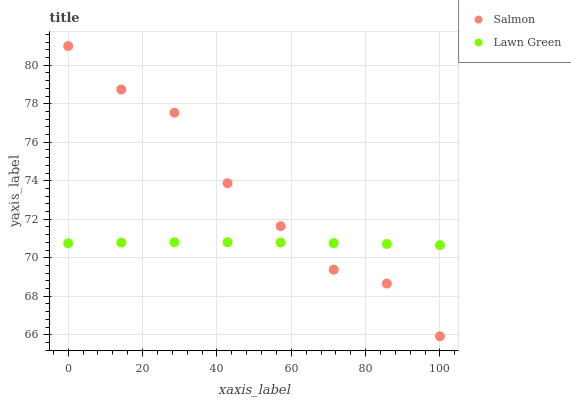
| xaxis_label | Salmon | Lawn Green |
 | --- | --- | --- |
 | 0 | 81 | 70.8 |
 | 14.3 | 78.7 | 70.8 |
 | 28.6 | 77.5 | 70.8 |
 | 42.9 | 73.9 | 70.8 |
 | 57.1 | 71.6 | 70.8 |
 | 71.4 | 69.4 | 70.8 |
 | 85.7 | 68.7 | 70.7 |
 | 100 | 65.9 | 70.7 |